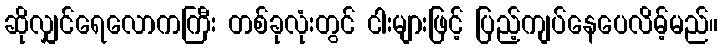
ဆိုလျှင်ရေလောကကြီး တစ်ခုလုံးတွင် ငါးများဖြင့် ပြည့်ကျပ်နေပေလိမ့်မည်။